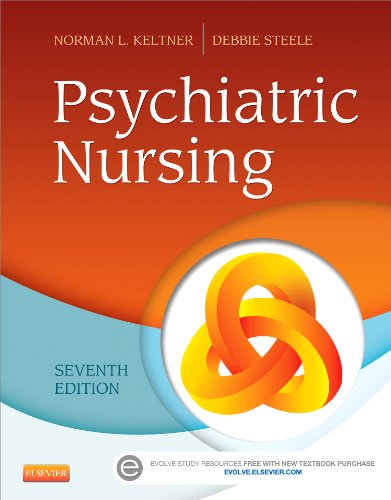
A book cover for Psychiatric Nursing, 7e; Norman L. Keltner EdD  RN  CRNP; Medical Books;